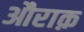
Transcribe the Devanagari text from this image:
औराक़